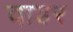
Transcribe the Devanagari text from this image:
वाडर